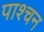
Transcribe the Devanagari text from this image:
पाश्चन